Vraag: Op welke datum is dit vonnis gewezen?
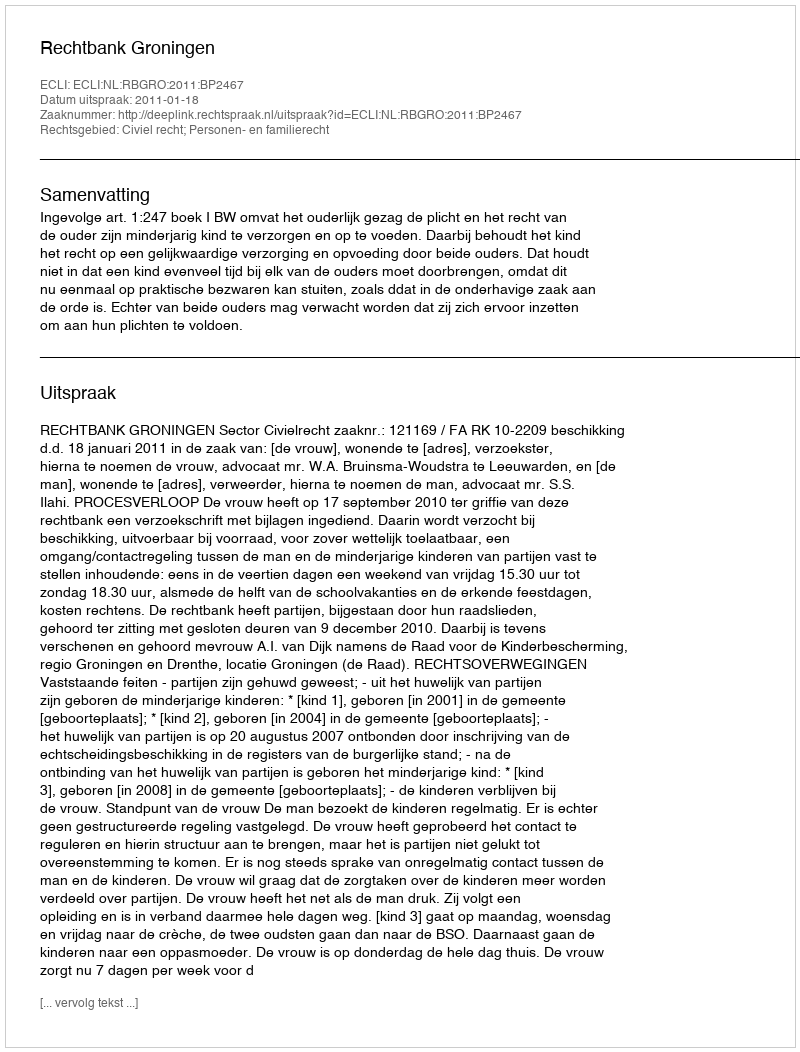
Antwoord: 2011-01-18